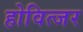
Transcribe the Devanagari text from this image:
होवित्जर